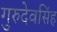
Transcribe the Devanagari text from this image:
गुरुदेवसिंह